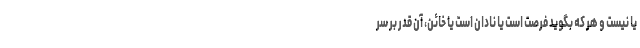
یا نیست و هر که بگوید فرصت است یا نادان است یا خائن، آن قدر بر سر